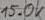
Text: 15.0k